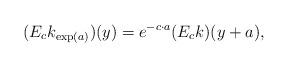
LaTeX: \begin{align*} (E_c k_{\exp(a)})(y) = e^{-c \cdot a}(E_c k)(y+a), \end{align*}